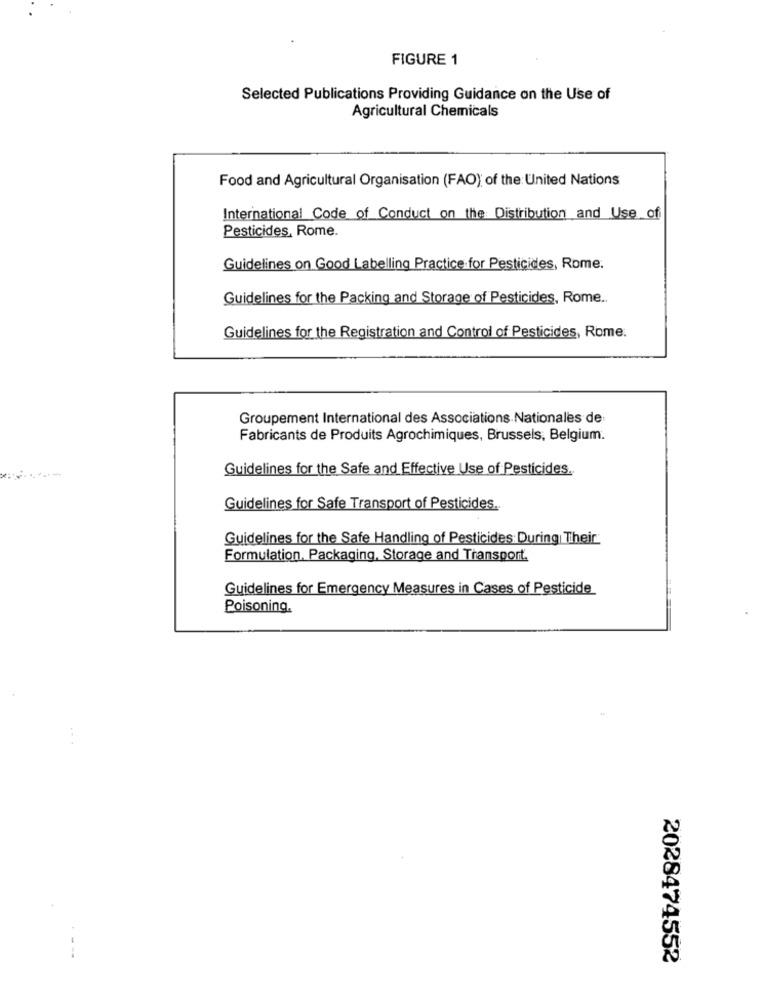
FIGURE 1
Selected Publications Providing Guidance on the Use of
Agricultural Chemicals
Food and Agricultural Organisation (FAO) of the United Nations
International Code of Conduct on the Distribution and Use of
Pesticides, Rome.
Guidelines on Good Labelling Practice for Pesticides, Rome.
Guidelines for the Packing and Storage of Pesticides, Rome ..
Guidelines for the Registration and Control of Pesticides, Rome.
Groupement International des Associations Nationales de
Fabricants de Produits Agrochimiques, Brussels, Belgium.
Guidelines for the Safe and Effective Use of Pesticides ..
Guidelines for Safe Transport of Pesticides.
Guidelines for the Safe Handling of Pesticides During Their
Formulation, Packaging, Storage and Transport.
Guidelines for Emergency Measures in Cases of Pesticide
Poisoning.
2028474552